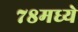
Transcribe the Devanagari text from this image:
७८मध्ये